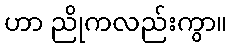
ဟာ ညိုကလည်းကွာ။